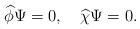
LaTeX: \begin{align*}\widehat{\phi}\Psi=0,\quad\widehat{\chi}\Psi=0.\end{align*}